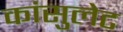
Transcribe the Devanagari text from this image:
कांसुलेट